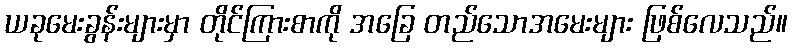
ယခုမေးခွန်းများမှာ တိုင်ကြားစာကို အခြေ တည်သောအမေးများ ဖြစ်လေသည်။